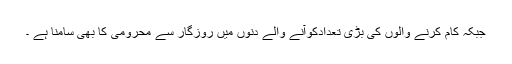
جبکہ کام کرنے والوں کی بڑی تعدادکوآنے والے دنوں میں روزگار سے محرومی کا بھی سامنا ہے ۔